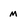
Character: m